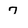
Character: 7